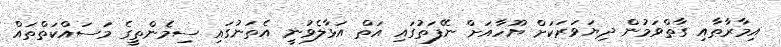
އިމާރާތާއި ގާތްވަމުން ދިޔަވަރަކަށް ޔޫހާއަށް ނޭފަތުގައި އަތް އަޅާލެވުނީ އެތަނުގައި ސިމެންތީގެ މަސައްކަތްތައް